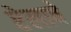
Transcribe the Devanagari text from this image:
रेलावे